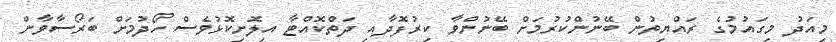
މިއަދު މިގައުމުގެ ރައްޔިތުން ބޭނުންކުރުމަށް ބޭނުންވާ ކިރުފޮދާއި ދަތްކޮއްޓާ އިލޮށިކޮޅުވެސް ހޯދުމަށް ބަރޯސާވާން